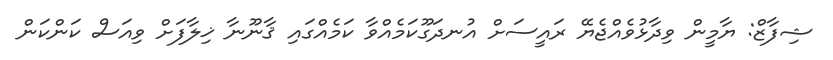
ޝިފާޒް: ޔާމީން ވިދާޅުވެއްޖެޔޭ ރައީސަށް އުނދަގޫކަމެއްވާ ކަމެއްގައި ޤާނޫނާ ޚިލާފަށް ވިއަސް ކަންކަން